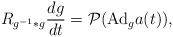
LaTeX: \begin{align*}R_{g^{-1}*g}\frac{dg}{dt}=\mathcal{P}({\rm Ad}_ga(t)),\end{align*}